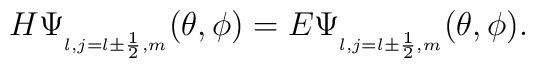
H\Psi_{_{l,j=l\pm \frac{1}{2},m}}(\theta ,\phi)=E\Psi_{_{l,j=l\pm \frac{1}{2},m}}(\theta ,\phi).